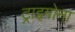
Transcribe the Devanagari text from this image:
ट्राइगोना